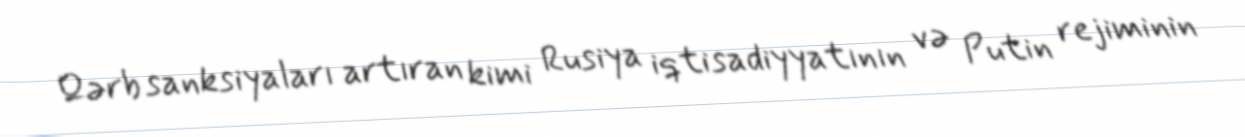
Qərb sanksiyaları artıran kimi Rusiya iqtisadiyyatının və Putin rejiminin